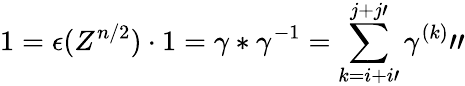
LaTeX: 1=\epsilon(Z^{n/2})\cdot 1=\gamma\ast\gamma^{-1}=\sum_{k=i+i\prime}^{j+j\prime}\gamma^{(k)}\prime\prime